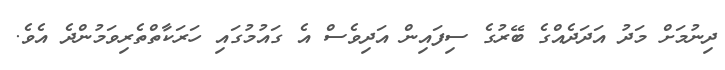
ދިނުމަށް މަދު އަދަދެއްގެ ބޭރުގެ ސިފައިން އަދިވެސް އެ ގައުމުގައި ހަރަކާތްތެރިވަމުންދެ އެވެ.